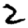
Digit: 2